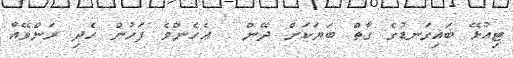
ޓިއުޅޭ ބައިގަނޑުގެ ގާތް ބަޔަކަށް ދޭން . ޢެހެންވެ ފަހުން ހެދި ރަންވޭއާ